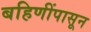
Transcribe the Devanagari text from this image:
बहिणींपासून